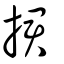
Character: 捃